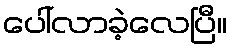
ပေါ်လာခဲ့လေပြီ။